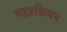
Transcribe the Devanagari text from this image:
बहुप्रक्रियन